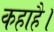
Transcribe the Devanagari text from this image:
कहाहै।